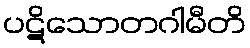
ပဋိသောတဂါမီတိ